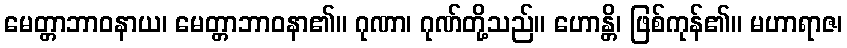
မေတ္တာဘာဝနာယ၊ မေတ္တာဘာဝနာ၏။ ဂုဏာ၊ ဂုဏ်တို့သည်။ ဟောန္တိ၊ ဖြစ်ကုန်၏။ မဟာရာဇ၊